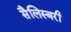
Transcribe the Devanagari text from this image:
सैलिस्बरी